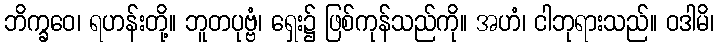
ဘိက္ခဝေ၊ ရဟန်းတို့။ ဘူတပုဗ္ဗံ၊ ရှေး၌ ဖြစ်ကုန်သည်ကို။ အဟံ၊ ငါဘုရားသည်။ ဝဒါမိ၊